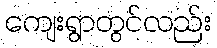
ကျေးရွာတွင်လည်း